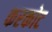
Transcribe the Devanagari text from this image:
करकोट